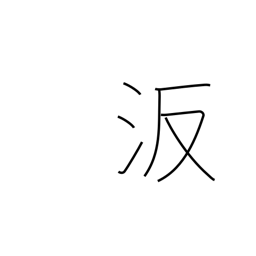
Meaning: proper name